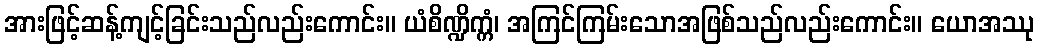
အားဖြင့်ဆန့်ကျင့်ခြင်းသည်လည်းကောင်း။ ယံစိဏ္ဍိက္ကံ၊ အကြင်ကြမ်းသောအဖြစ်သည်လည်းကောင်း။ ယောအဿု